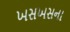
ખસખસના